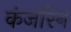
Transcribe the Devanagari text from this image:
कंजरिन